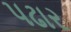
પઢાર